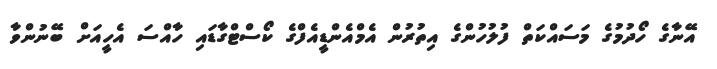
އޭނާގެ ހޯދުމުގެ މަސައްކަތް ފުލުހުންގެ އިތުރުން އެމްއެންޑީއެފްގެ ކޯސްޓްގާޑައި ހާއްސަ އެހީއަށް ބޭނުންވާ